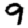
Digit: 9